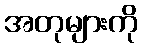
အတုများကို